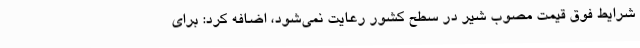
شرایط فوق قیمت مصوب شیر در سطح کشور رعایت نمی‌شود، اضافه کرد: برای